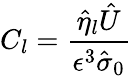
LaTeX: C_{l}=\frac{\hat{\eta}_{l}\hat{U}}{\epsilon^{3}\hat{\sigma}_{0}}